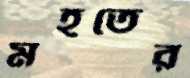
মহতের